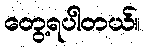
တွေ့ရပါတယ်။